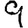
Digit: 9